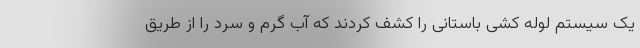
یک سیستم لوله کشی باستانی را کشف کردند که آب گرم و سرد را از طریق